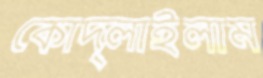
কোদ্‌লাইলাম